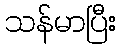
သန်မာပြီး